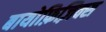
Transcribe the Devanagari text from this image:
बायोफ़िज़िक्स